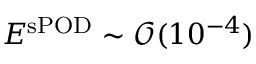
E ^ { \mathrm { s P O D } } \sim \mathcal { O } ( 1 0 ^ { - 4 } )